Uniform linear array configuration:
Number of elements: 24
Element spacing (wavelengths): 0.5
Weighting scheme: blackman
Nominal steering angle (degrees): -60
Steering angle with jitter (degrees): -58.543
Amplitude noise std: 0.05
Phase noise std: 0.05

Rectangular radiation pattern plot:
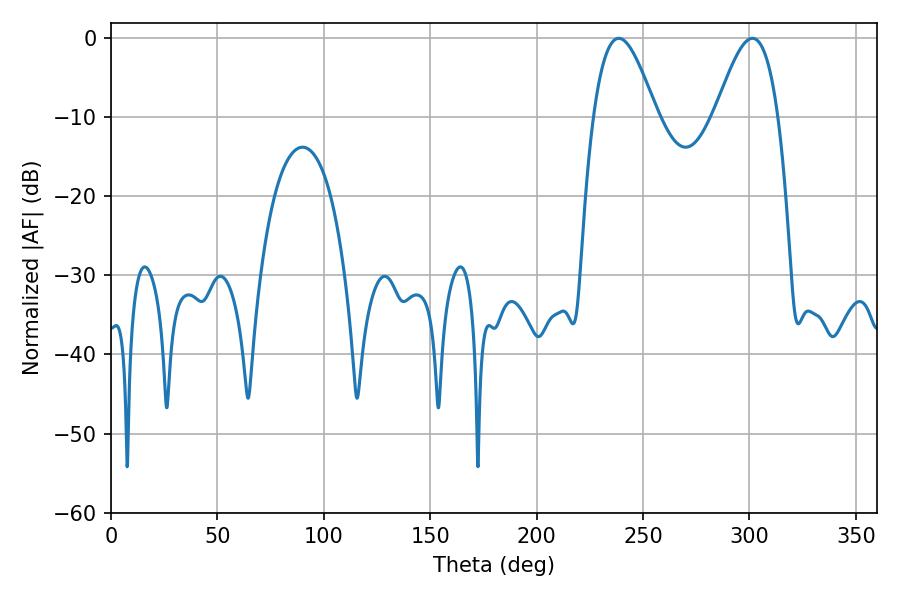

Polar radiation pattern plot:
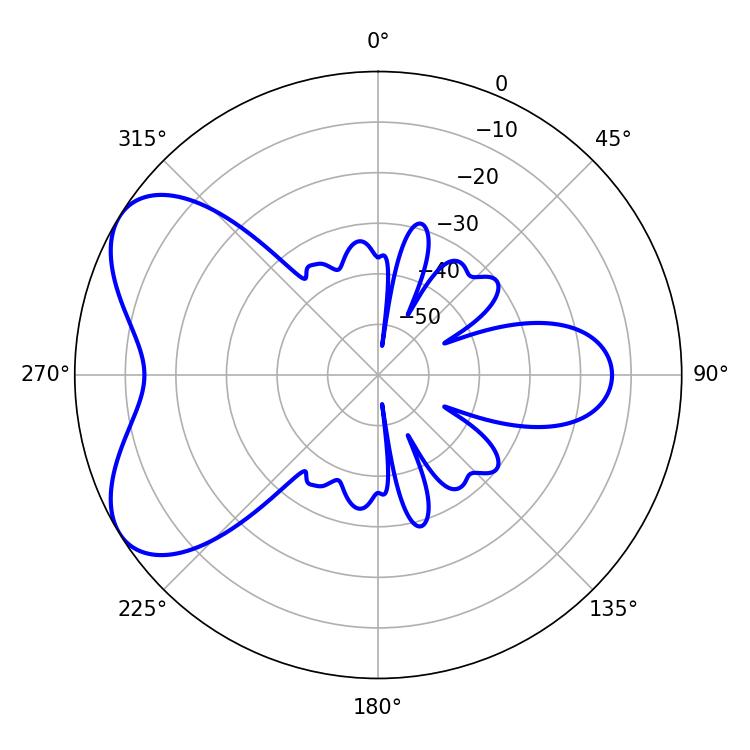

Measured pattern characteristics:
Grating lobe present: FALSE
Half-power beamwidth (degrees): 15.84
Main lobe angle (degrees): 238.5